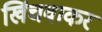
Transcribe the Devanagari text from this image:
खिंचवाकर